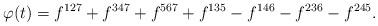
LaTeX: \begin{align*}\begin{aligned}\varphi(t)&=f^{127}+f^{347}+f^{567}+f^{135}-f^{146} -f^{236}-f^{245}.\end{aligned}\end{align*}